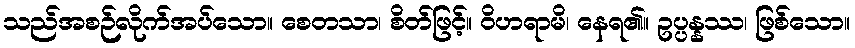
သည်အစဉ်လိုက်အပ်သော။ စေတသာ၊ စိတ်ဖြင့်။ ဝိဟရာမိ၊ နေရ၏။ ဥပ္ပန္နဿ၊ ဖြစ်သော။